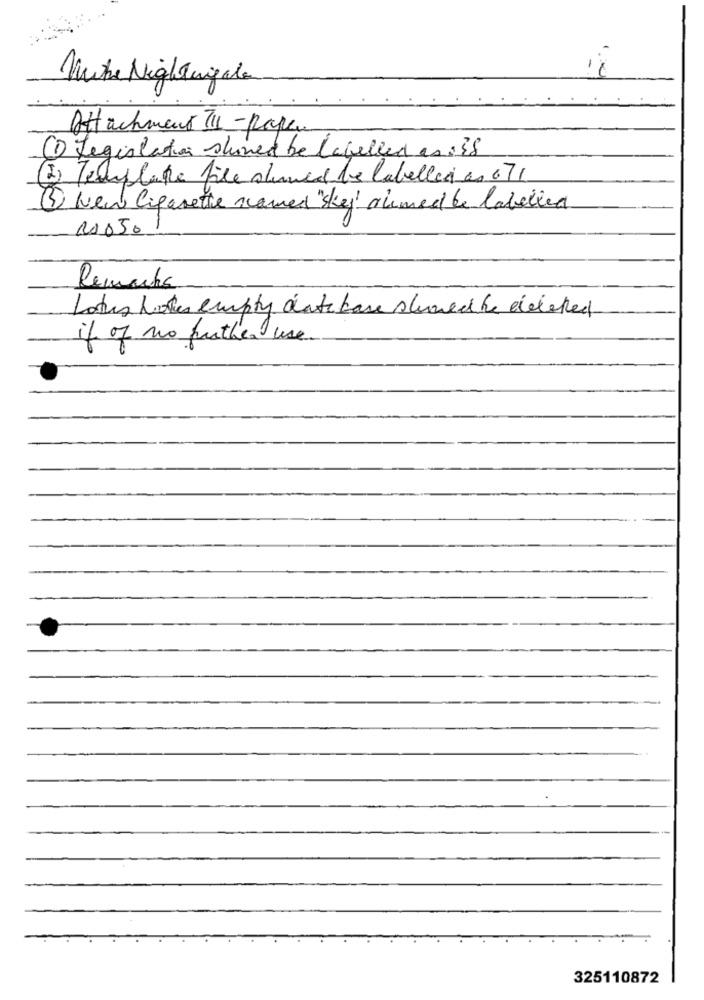
Mithe Nightingale
Attachment III - paper
1 Legislation showed be labelled as : 38
2) Template file dlemed be labelled as 071
3) New Cigarette named "skej' alimed be labelled
2050
Remeha
Lotus Notes empty date base should be deleted
if of no further use
325110872